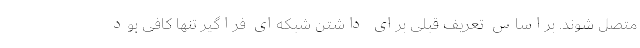
متصل شوند. براساس تعریف قبلی برای داشتن شبکه‌ای فراگیر تنها کافی بود